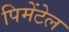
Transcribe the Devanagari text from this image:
पिमेंटेल